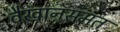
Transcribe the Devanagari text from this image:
वैखानसमत